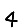
Digit: 4